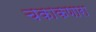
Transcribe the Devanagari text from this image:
चकाकणारा